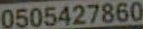
0505427860